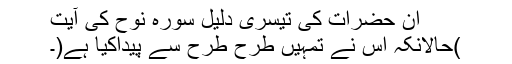
ان حضرات کی تیسری دلیل سورہ نوح کی آیت
)حالانکہ اس نے تمہیں طرح طرح سے پیداکیا ہے(۔